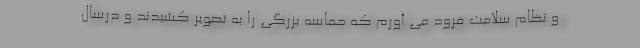
و نظام سلامت فرود می آورم که حماسه بزرگی را به تصویر کشیدند و درسال